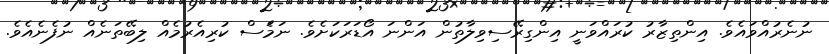
ނުނެރުއްވައެެވެ. އިންތިޒާރު ކުރައްވަނީ އިންގިރޭސިވިލާތުން އަންނަ އޯޑަރަކަށެވެ. ނަމަެސް ކުރިއެރުމެއް ލިބޭތަނެއް ނުފެނެއެވެ.